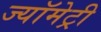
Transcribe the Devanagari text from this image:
ज्यॉमेट्री